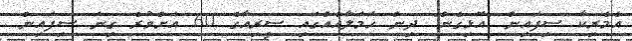
އެމެރިކާ ސިފައިން "އޮޅިގެން" ދިން ހަމަލާއެއްގައި ސީރިއާގެ 60 އަށްވުރެ ގިނަ ސިފައިން